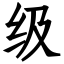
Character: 级